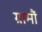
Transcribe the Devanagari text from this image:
ग्रामौं